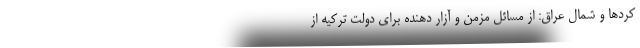
کرد‌ها و شمال عراق: از مسائل مزمن و آزار دهنده برای دولت ترکیه از